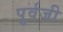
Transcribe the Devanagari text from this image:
पुर्वजी